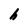
Character: h